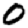
Digit: 0